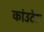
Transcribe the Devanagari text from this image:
कांउटेस